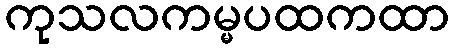
ကုသလကမ္မပထကထာ